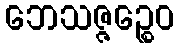
ဘေသဇ္ဇဉ္စေဝ